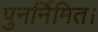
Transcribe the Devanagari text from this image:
पुनर्निमित।